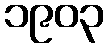
၁၉၀၃